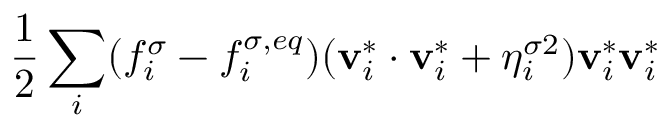
\frac { 1 } { 2 } \sum _ { i } ( f _ { i } ^ { \sigma } - f _ { i } ^ { \sigma , e q } ) ( \mathbf { v } _ { i } ^ { * } \cdot \mathbf { v } _ { i } ^ { * } + \eta _ { i } ^ { \sigma 2 } ) \mathbf { v } _ { i } ^ { * } \mathbf { v } _ { i } ^ { * }